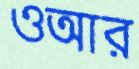
ওআর